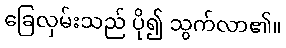
ခြေလှမ်းသည် ပို၍ သွက်လာ၏။